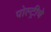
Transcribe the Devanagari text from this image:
पोल्ट्रीचे